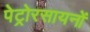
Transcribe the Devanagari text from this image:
पेट्रोरसायनों